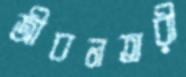
জীবনতরী